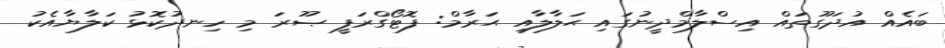
ބައެއް އުދަގޫތައް އިސްލާމްދީނުގައި ޙަލާލާއި ޙަރާމް: ފޮޓޯގްރަފީ ޞޫރަ މި ހިނދުކޮޅު ކަލާޔާއެކު